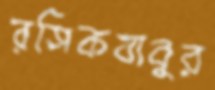
রসিকবাবুর